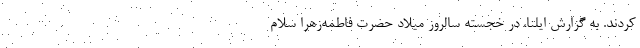
کردند. به گزارش ایلنا، در خجسته سالروز میلاد حضرت فاطمه‌زهرا سلام